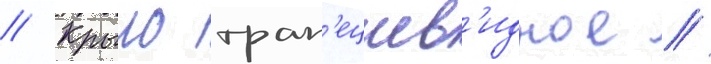
// Крыло трап'ециев'идное /